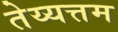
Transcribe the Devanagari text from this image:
तेय्यत्तम